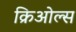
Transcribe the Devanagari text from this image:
क्रिओल्स